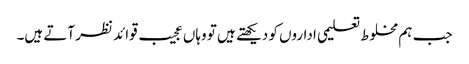
جب ہم مخلوط تعلیمی اداروں کو دیکھتے ہیں تو وہاں عجیب قوائد نظر آتے ہیں۔